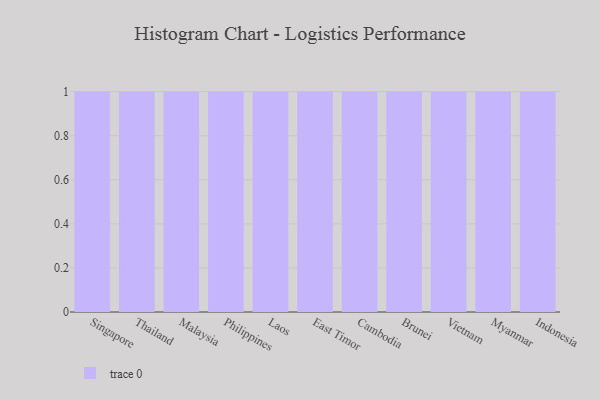
{"axis": {"x": "Country", "y": "Market Share (%)"}, "legend": [""], "data": [{"x": "Singapore", "y": 69, "type": ""}, {"x": "Thailand", "y": 75, "type": ""}, {"x": "Malaysia", "y": 41, "type": ""}, {"x": "Philippines", "y": 65, "type": ""}, {"x": "Laos", "y": 77, "type": ""}, {"x": "East Timor", "y": 33, "type": ""}, {"x": "Cambodia", "y": 94, "type": ""}, {"x": "Brunei", "y": 14, "type": ""}, {"x": "Vietnam", "y": 61, "type": ""}, {"x": "Myanmar", "y": 5, "type": ""}, {"x": "Indonesia", "y": 36, "type": ""}]}